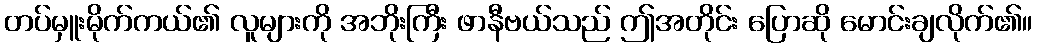
တပ်မှူးမိုက်ကယ်၏ လူများကို အဘိုးကြီး ဖာနီဗယ်သည် ဤအတိုင်း ပြောဆို မောင်းချလိုက်၏။